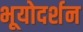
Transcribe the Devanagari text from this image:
भूयोदर्शन